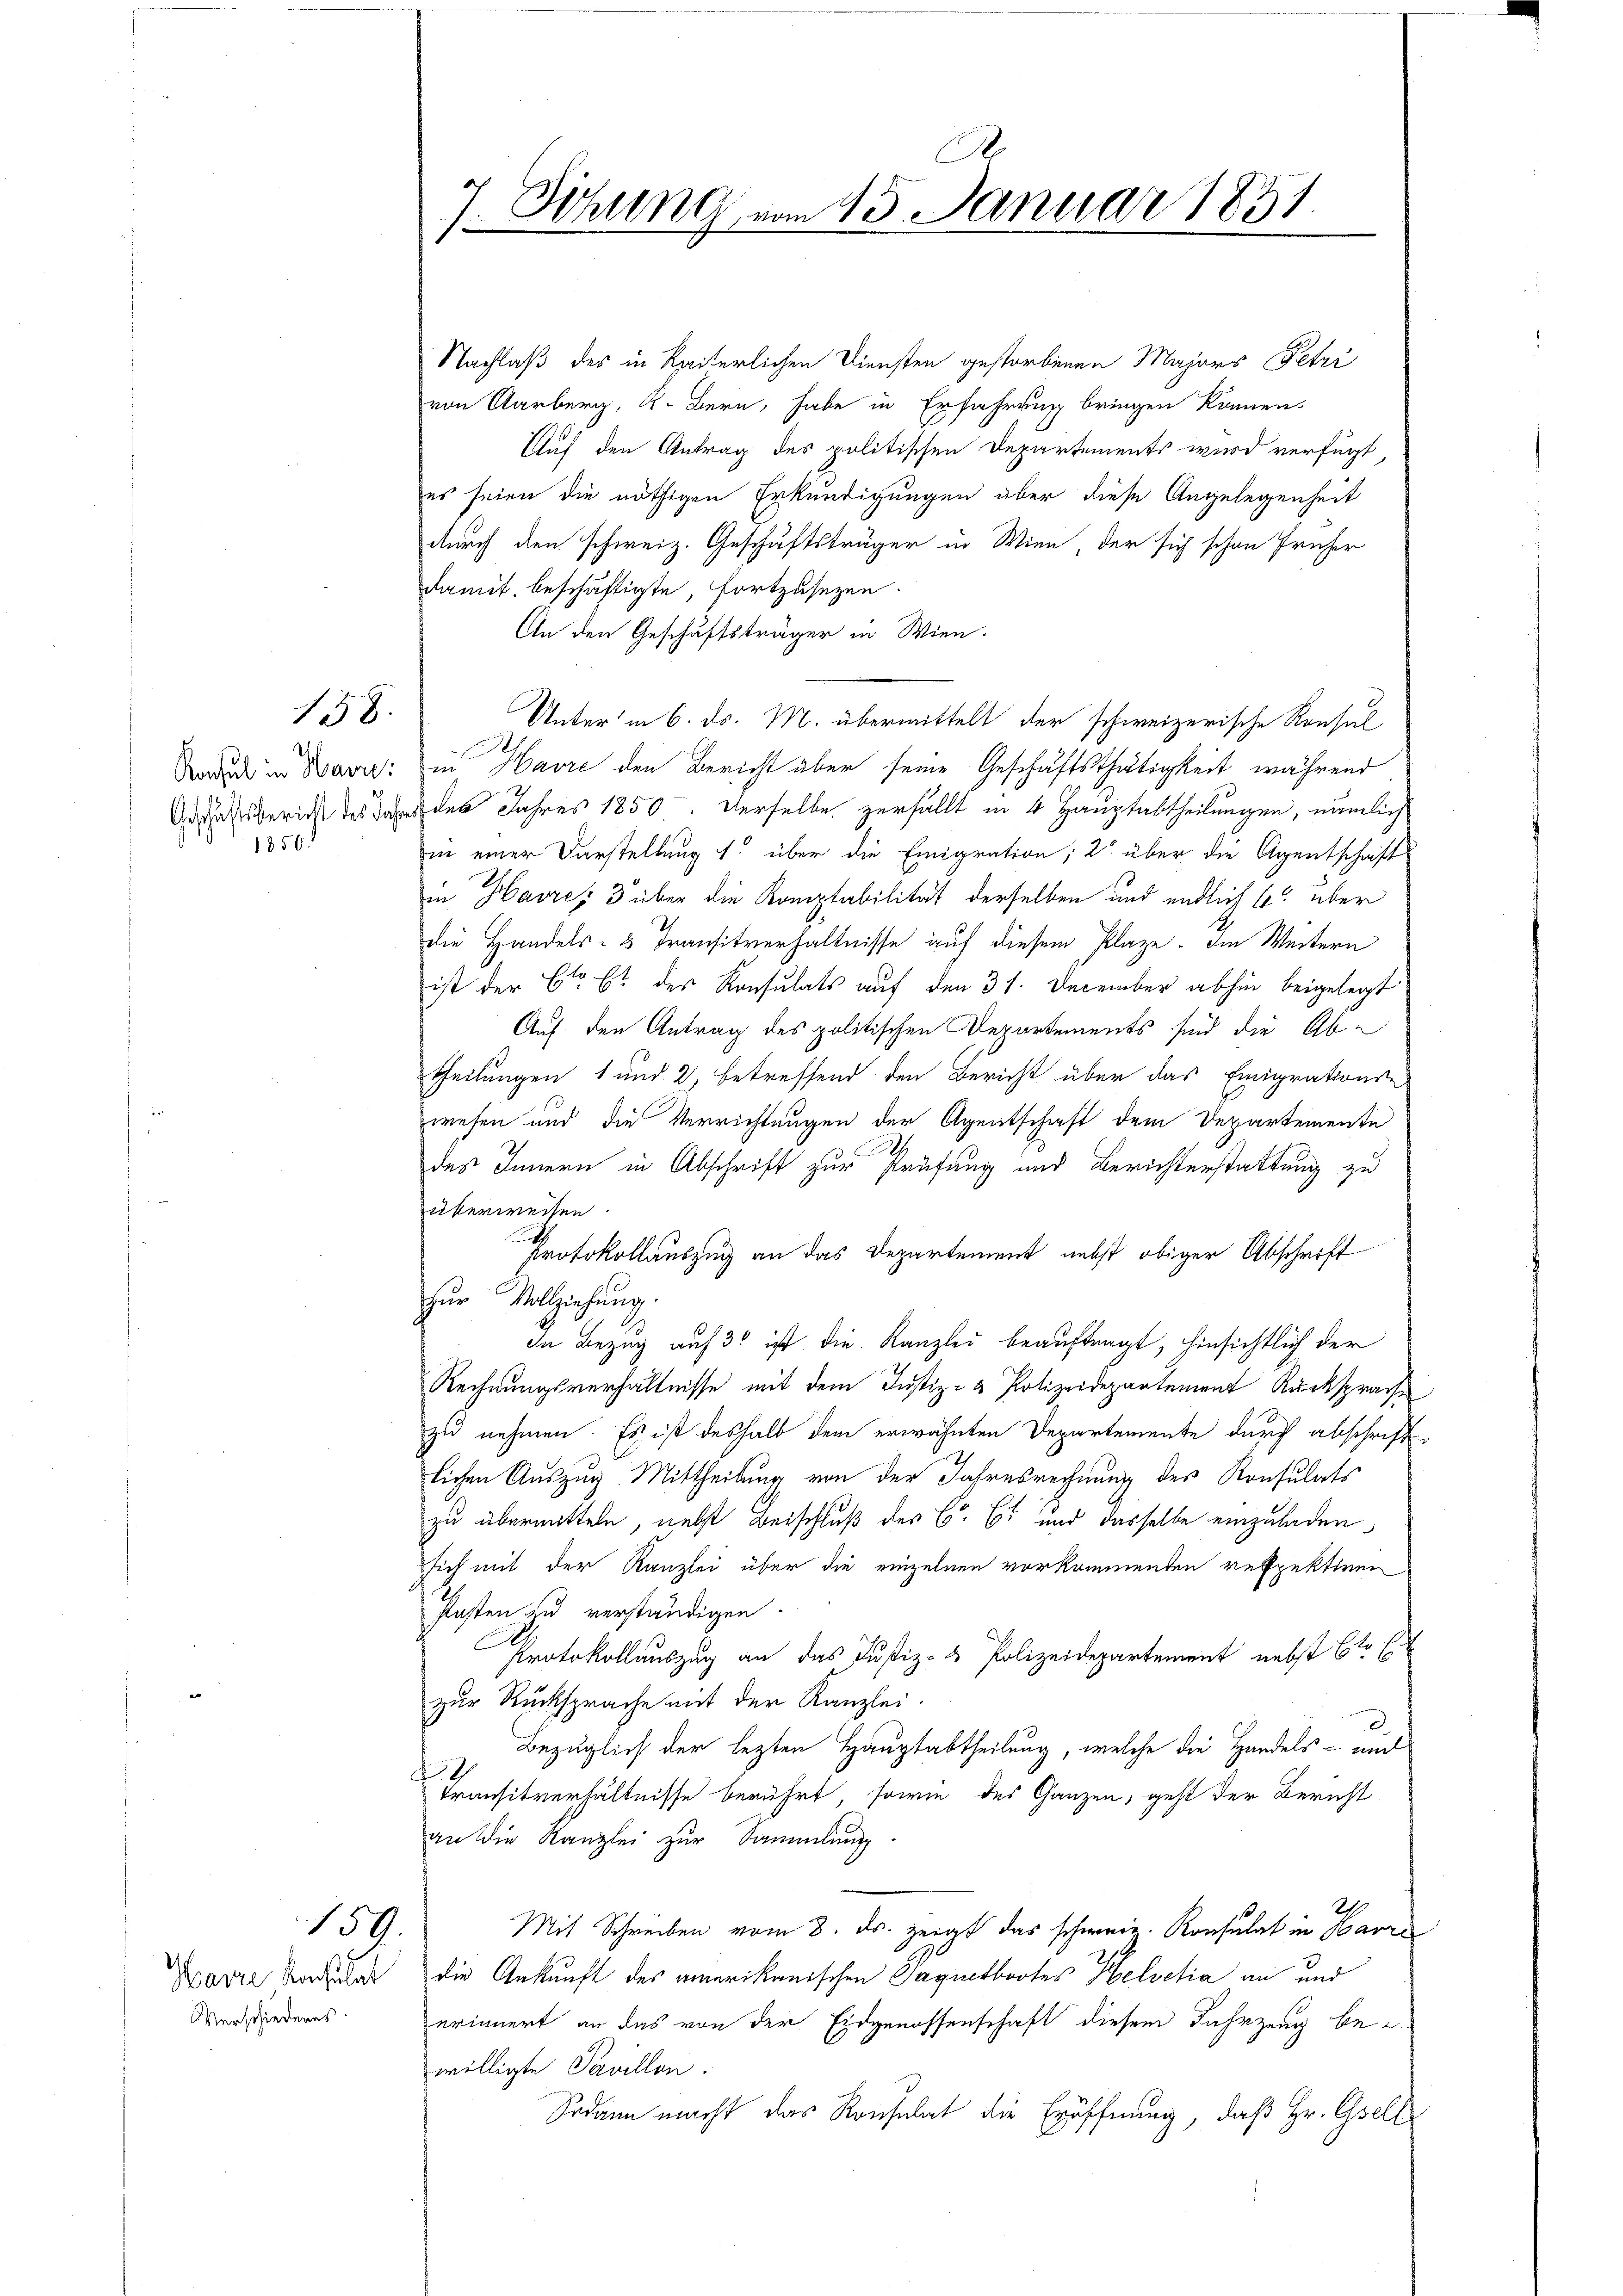
158.

1850.

Havre Verhält
Verschiedenes.

159.

Nachlaß des in Kaiserlichen Diensten gestorbenen Majors Petri
von Aarberg, K. Bern, habe in Erfahrung bringen können.
Auf den Antrag des politischen Departements wird verfügt,
es seien die nöthigen Erkundigungen aber diese Angelegenheit
durch den schweiz. Geschäftsträger in Wien, der sich schon früher
damit beschäftigte, fortzusetzen.
An den Geschäftsträger in Wien.
Unter in 6. Dr. M. übermittelt der schweizerische Konsal
Bude in Bare: in Havre den Bericht aber seine Geschäftsthätigkeit, während
Asassbericht des andes Jahres 1850. Derselbe zerfällt in 4 Hauptabtheilungen, nämlich
in einer Darstellung 1. über die Emigration; 2. über die Agentschaft
in Havre 3 über die Komptabilität derselben und endlich 6 über
die Handels- & Transitverhältnisse auf diesem Plaze. Im Weitern
ist der Cla et der Konsulats auf den 31. December abhin beigelegt
Auf den Antrag des politischen Departements sind die Abtheilungen 1 und 2, betreffend den Bericht über das Emigrations-
zwesen und die Verrichtungen der Agentschaft dem Departemente
d
des Innern in Abschrift zur Prüfung und Berichterstattung zu
überweisen
Protokollauszug an das Departement nebst obiger Abschrift
zur Vollziehung.
In Bezug auf 3 ist die Kanzlei beauftragt, hinsichtlich der
Rechnungsverhältnisse mit dem Justiz- & Polizeidepartement Rücksprache
zu nehmen. Es ist deshalb dem erwähnten Departemente durch abschriftlichen Auszug Mittheilung von der Jahresrechnung des Konsulats
zu übermitteln, nebst Beischluß des C. C. und dasselbe einzuladen
sich mit der Kanzlei über die einzelnen vorkommenten respektien
Posten zu verständigen.
Protokollauszug an das Justiz- & Polizeidepartement nebst 6te Er
zur Rücksprache mit der Kanzlei.
Bezüglich der lezten Hauptabtheilung, welche die Handels auc
f
Transitverhältnisse berührt, sowie des Ganzen, geht der Bericht
an die Kanzlei zur Sammlung.
2
Mit Schreiben vom 8. ds. zeigt das schweiz. Konsulat in Harre
die Ankunft des amerikanischen Gagintbootes Helvetia an und
erinnert an das von der Eidgenossenschaft diesem Jahrzeug bewilligte Pavillon.
Sodann macht das Konsulat die Eröffnung, daß Hr. Gesell

.
7. Sitzung, vom 13. Januar 1851.